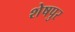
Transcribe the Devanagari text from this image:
शेषपुर